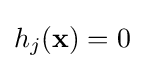
h_{j}(\mathbf {x} )=0